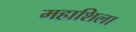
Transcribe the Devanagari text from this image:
महाशिला